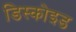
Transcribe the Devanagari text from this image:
डिस्कोइड